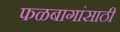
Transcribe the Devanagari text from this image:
फळबागांसाठी